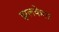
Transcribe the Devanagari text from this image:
झलकेगा